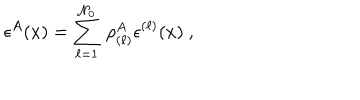
\epsilon ^ { A } ( x ) = \sum _ { \ell = 1 } ^ { \mathcal { N } _ { 0 } } \, \rho _ { ( \ell ) } ^ { A } \epsilon ^ { ( \ell ) } ( x ) ~ ,